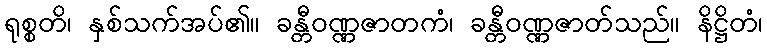
ရုစ္စတိ၊ နှစ်သက်အပ်၏။ ခန္တီဝဏ္ဏဇာတကံ၊ ခန္တီဝဏ္ဏဇာတ်သည်။ နိဋ္ဌိတံ၊